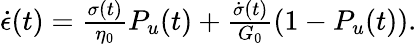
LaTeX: \begin{array}{r}{\dot{\epsilon}(t)=\frac{\sigma(t)}{\eta_{0}}P_{u}(t)+\frac{\dot{\sigma}(t)}{G_{0}}(1-P_{u}(t)).}\end{array}